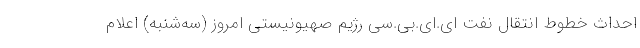
احداث خطوط انتقال نفت ای.ای.بی.سی رژیم صهیونیستی امروز (سه‌شنبه) اعلام